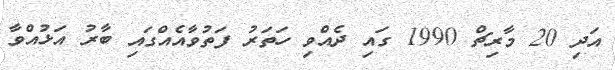
އަދި 20 މާރިޗް 1990 ގައި ދެއްވި ހަތަރު ފަތުވާއެއްގައި ބާރު އަޅުއްވާ